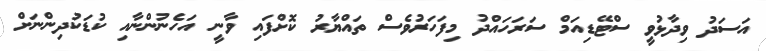
އަސަދު ވިދާޅުވީ ސްޓޭޑިއަމް ސަރަހައްދު މިފަހަރުވެސް ތައްޔާރު ކޮށްފައި ވާނީ އަހެނުންނާއި ކުޑަކުދިންނަށް